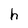
Character: h